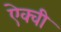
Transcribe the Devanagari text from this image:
ऐक्वी